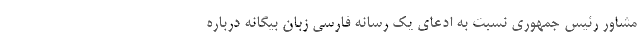
مشاور رئیس جمهوری نسبت به ادعای یک رسانه فارسی زبان بیگانه درباره